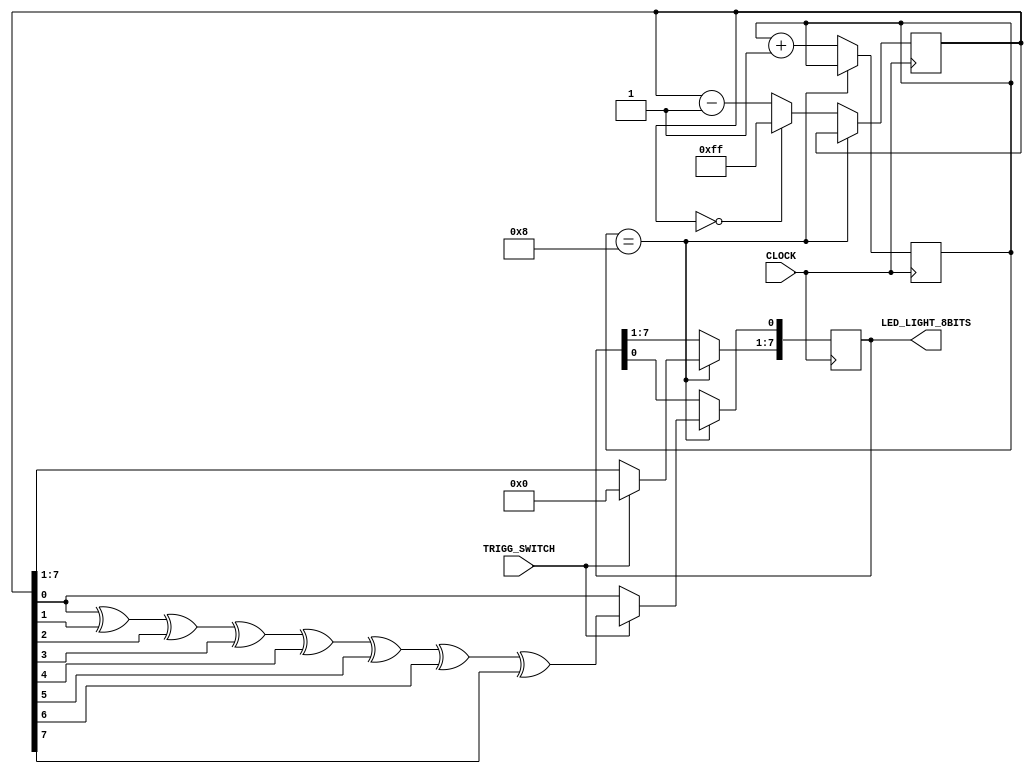
`timescale 1ns / 1ps

module MAIN_MODULE(
    input CLOCK,
    input TRIGG_SWITCH,
    output reg [7:0] LED_LIGHT_8BITS
);
    reg [15:0] reMEM [0:7];  // Memory array to store 16-bit values, 8 elements
    reg [3:0] COUNT, CORRECT_ONES;  // Counters for loop and number of correct ones
    reg [15:0] DATABITS;  // Register to store 16-bit data
    reg [7:0] summation, idx;  // Registers for summation and index calculation
    

    // Initialization block
    initial begin
        DATABITS <= 0;  // Initialize DATABITS to 0
        CORRECT_ONES <= 0;  // Initialize CORRECT_ONES to 0
        idx <= 0;  // Initialize idx to 0
        summation <= 0;  // Initialize summation to 0
        LED_LIGHT_8BITS <= 8'b11111111;  // Initialize LED_LIGHT_8BITS to all 1's
        
        // Initialize memory array with given values
        reMEM[7] = 16'h0080;
        reMEM[6] = 16'h8110;
        reMEM[5] = 16'h0800;
        reMEM[4] = 16'h0001;
        reMEM[3] = 16'h8000;
        reMEM[2] = 16'h0100;
        reMEM[1] = 16'h8800;
        reMEM[0] = 16'h0000;
    end

    // Always block triggered by clock edge
    always@(posedge CLOCK) begin
        // Terminated
        if (COUNT == 8) begin
            if (TRIGG_SWITCH == 0) begin
                LED_LIGHT_8BITS <= summation;  // Output summation value to LED_LIGHT_8BITS
            end
            else begin
                // Compute parity bit and set other bits to 0
                LED_LIGHT_8BITS[0] <= summation[0] ^ summation[1] ^ summation[2] ^ summation[3] ^ summation[4] ^ summation[5] ^ summation[6] ^ summation[7];
                LED_LIGHT_8BITS[7:1] <= 7'b0;
            end
        end
        else begin
            // Input data from memory based on COUNT
            case (COUNT)
                7: DATABITS = reMEM[7];
                6: DATABITS = reMEM[6];
                5: DATABITS = reMEM[5];
                4: DATABITS = reMEM[4];
                3: DATABITS = reMEM[3];
                2: DATABITS = reMEM[2];
                1: DATABITS = reMEM[1];
                0: DATABITS = reMEM[0];
            endcase

            // Compute number of correct ones and index
            CORRECT_ONES = DATABITS[0] + DATABITS[1] + DATABITS[2] + DATABITS[3] + DATABITS[4] + DATABITS[5] + DATABITS[6] + DATABITS[7] + DATABITS[8] + DATABITS[9] + DATABITS[10] + DATABITS[11] + DATABITS[12] + DATABITS[13] + DATABITS[14] + DATABITS[15];
            idx = 1*DATABITS[1] + 2*DATABITS[2] + 3*DATABITS[3] + 4*DATABITS[4] + 5*DATABITS[5] + 6*DATABITS[6] + 7*DATABITS[7] + 8*DATABITS[8] + 9*DATABITS[9] + 10*DATABITS[10] + 11*DATABITS[11] + 12*DATABITS[12] + 13*DATABITS[13] + 14*DATABITS[14] + 15*DATABITS[15];
         
            // Reset CORRECT_ONES and idx to 0
            CORRECT_ONES = 8'b0;
            idx = 8'b0;

            // Update summation based on CORRECT_ONES
            if (CORRECT_ONES > 1 || CORRECT_ONES == 0) begin
                if (summation == 8'h00) begin
                    summation <= 8'b11111111;
                end
                else begin
                    summation <= summation - 1;
                end
            end
            else begin
                summation <= summation + idx;
            end

            // Increment COUNT
            COUNT <= COUNT + 1;
        end
    end
endmodule